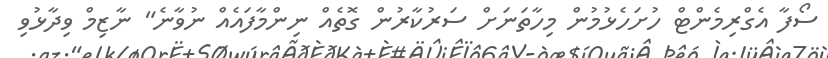
ސޯފާ އެގްރިމެންޓް ހުށަހެޅުމުން މިހާތަނަށް ސަރުކާރުން ގޮތެއް ނިންމާފައެއް ނުވާނެ" ނާޒިމް ވިދާޅުވި